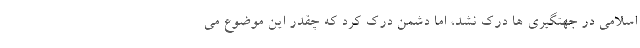
اسلامی در جهتگیری ها درک نشد، اما دشمن درک کرد که چقدر این موضوع می